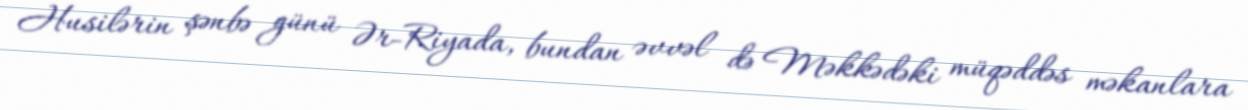
Husilərin şənbə günü Ər-Riyada, bundan əvvəl də Məkkədəki müqəddəs məkanlara